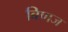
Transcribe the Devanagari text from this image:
बिणज